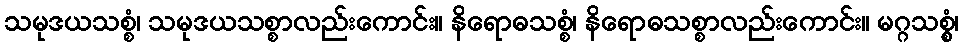
သမုဒယသစ္စံ၊ သမုဒယသစ္စာလည်းကောင်း။ နိရောဓသစ္စံ၊ နိရောဓသစ္စာလည်းကောင်း။ မဂ္ဂသစ္စွံ၊